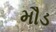
મૌડ